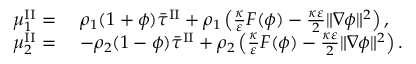
\begin{array} { r l } { \mu _ { 1 } ^ { \mathrm { I I } } = } & { ~ \rho _ { 1 } ( 1 + \phi ) \bar { \tau } ^ { \mathrm { I I } } + \rho _ { 1 } \left( \frac { \kappa } { \varepsilon } F ( \phi ) - \frac { \kappa \varepsilon } { 2 } \| \nabla \phi \| ^ { 2 } \right) , } \\ { \mu _ { 2 } ^ { \mathrm { I I } } = } & { ~ - \rho _ { 2 } ( 1 - \phi ) \bar { \tau } ^ { \mathrm { I I } } + \rho _ { 2 } \left( \frac { \kappa } { \varepsilon } F ( \phi ) - \frac { \kappa \varepsilon } { 2 } \| \nabla \phi \| ^ { 2 } \right) . } \end{array}